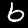
Label: 6